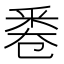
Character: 𠨟